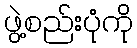
ဖွဲ့စည်းပုံကို